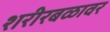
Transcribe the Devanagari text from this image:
शरीरबळावर